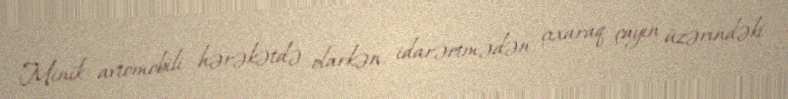
Minik avtomobili hərəkətdə olarkən idarəetmədən çıxaraq çayın üzərindəki